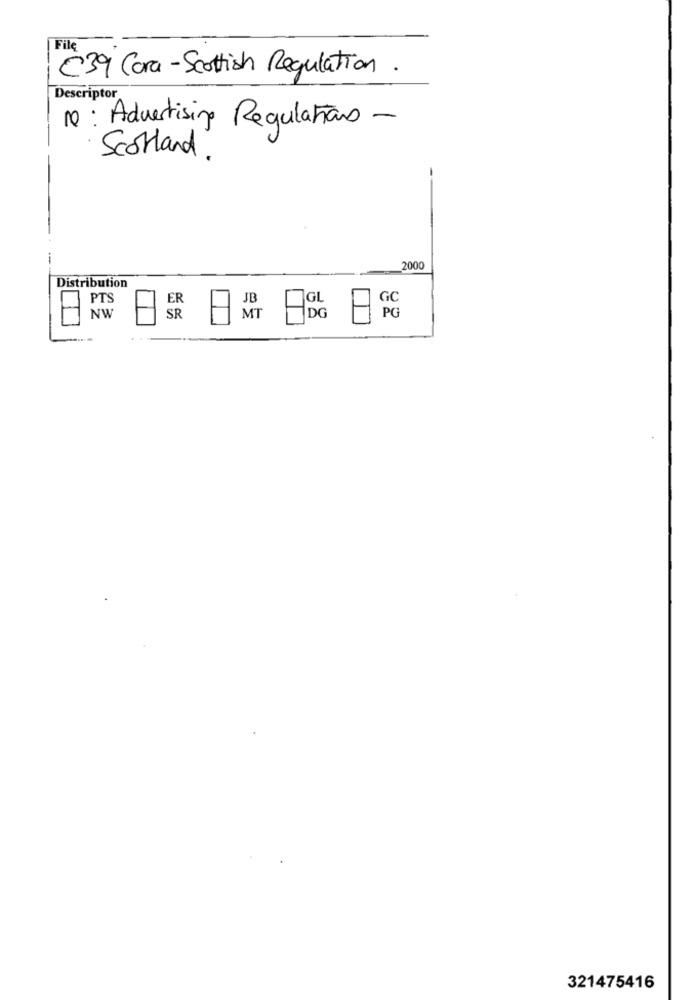
File
C39 Cara- Scottish Regulation.
Descriptor
10 : Advertising Regulations -
Scotland .
2000
Distribution
PTS
ER
JB
JGL
GC
NW
SR
MT
DG
PC
321475416